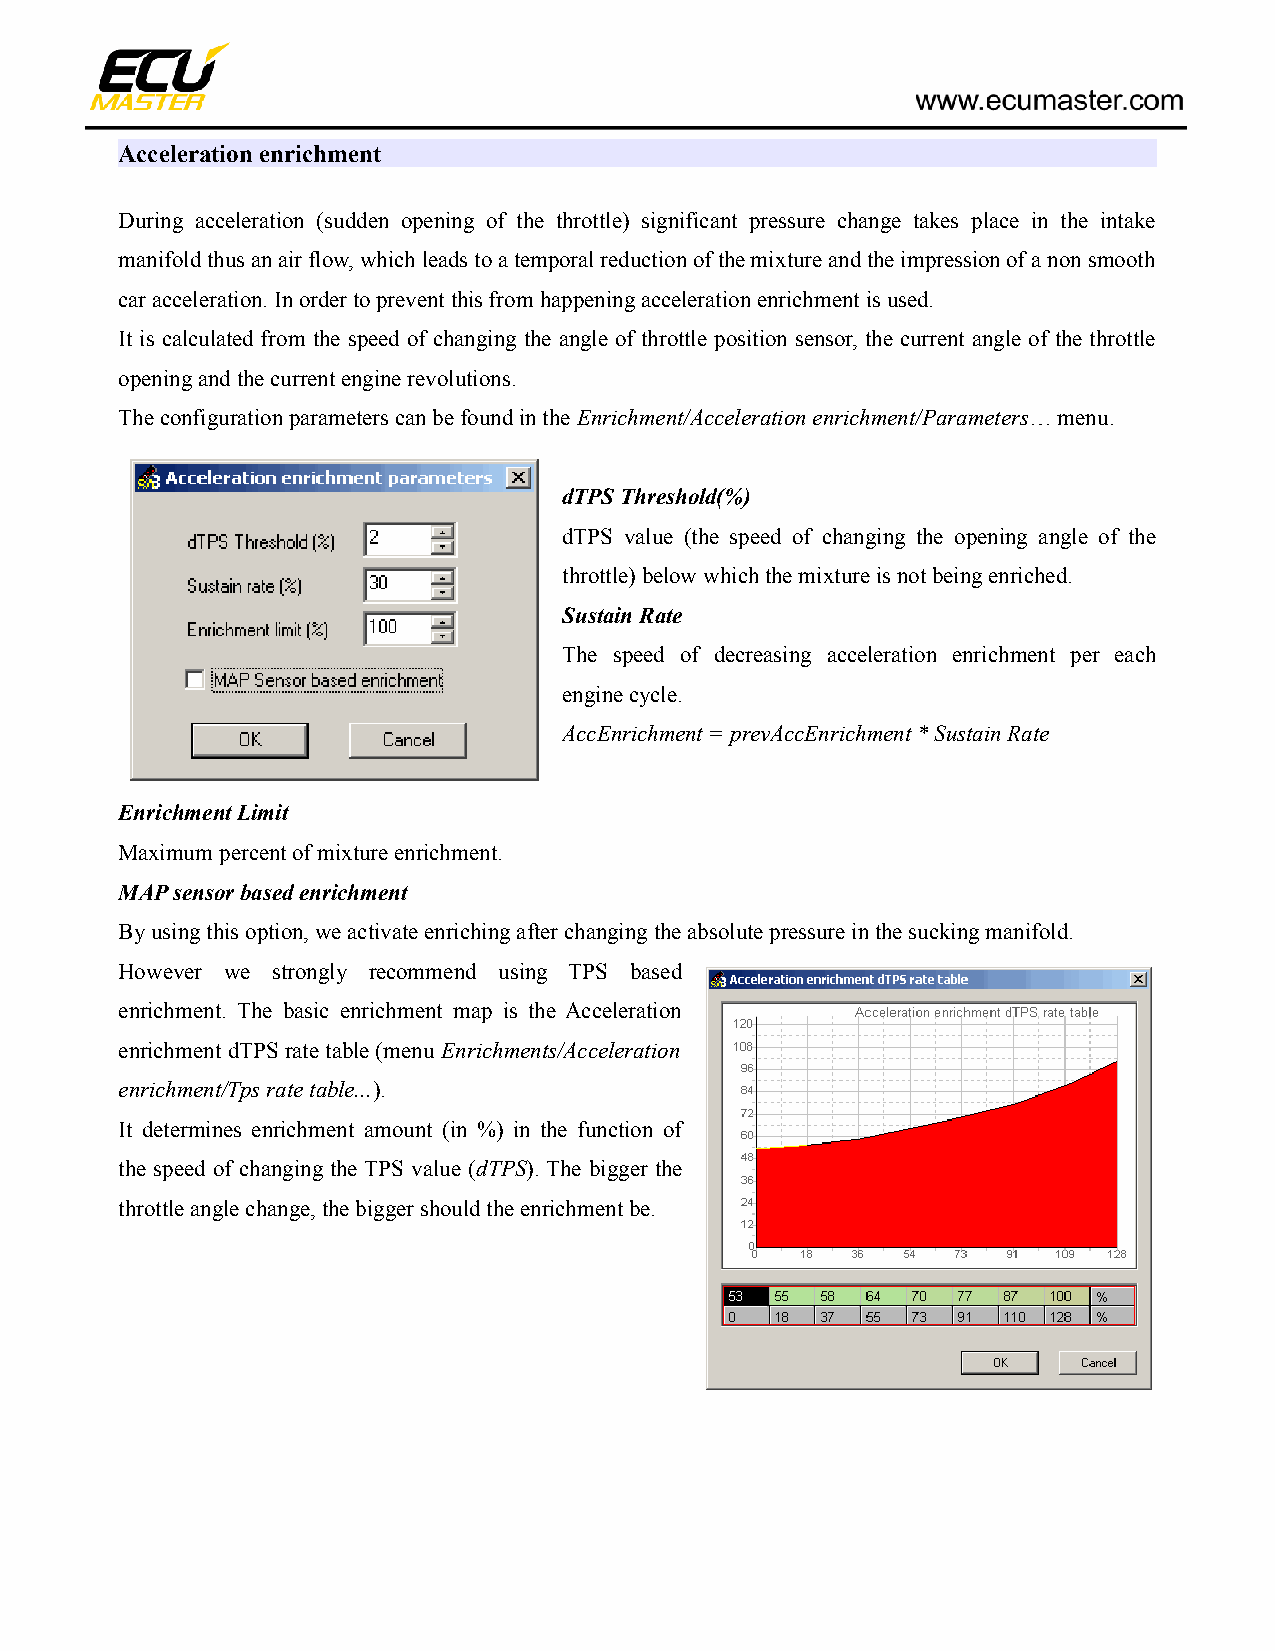
Acceleration enrichment
 During acceleration (sudden opening of the throttle) significant pressure change takes place in the intake
 manifold thus an air flow, which leads to a temporal reduction of the mixture and the impression of a non smooth
 car acceleration. In order to prevent this from happening acceleration enrichment is used.
 It is calculated from the speed of changing the angle of throttle position sensor, the current angle of the throttle
 opening and the current engine revolutions.
 The configuration parameters can be found in the Enrichment/Acceleration enrichment/Parameters… menu.
 dTPS Threshold(%)
 dTPS value (the speed of changing the opening angle of the
 throttle) below which the mixture is not being enriched.
 Sustain Rate
 The speed of decreasing acceleration enrichment per each
 engine cycle.
 AccEnrichment = prevAccEnrichment * Sustain Rate
 Enrichment Limit
 Maximum percent of mixture enrichment.
 MAP sensor based enrichment
 By using this option, we activate enriching after changing the absolute pressure in the sucking manifold.
 However we strongly recommend using TPS based
 enrichment. The basic enrichment map is the Acceleration
 enrichment dTPS rate table (menu Enrichments/Acceleration
 enrichment/Tps rate table...).
 It determines enrichment amount (in %) in the function of
 the speed of changing the TPS value (dTPS). The bigger the
 throttle angle change, the bigger should the enrichment be.